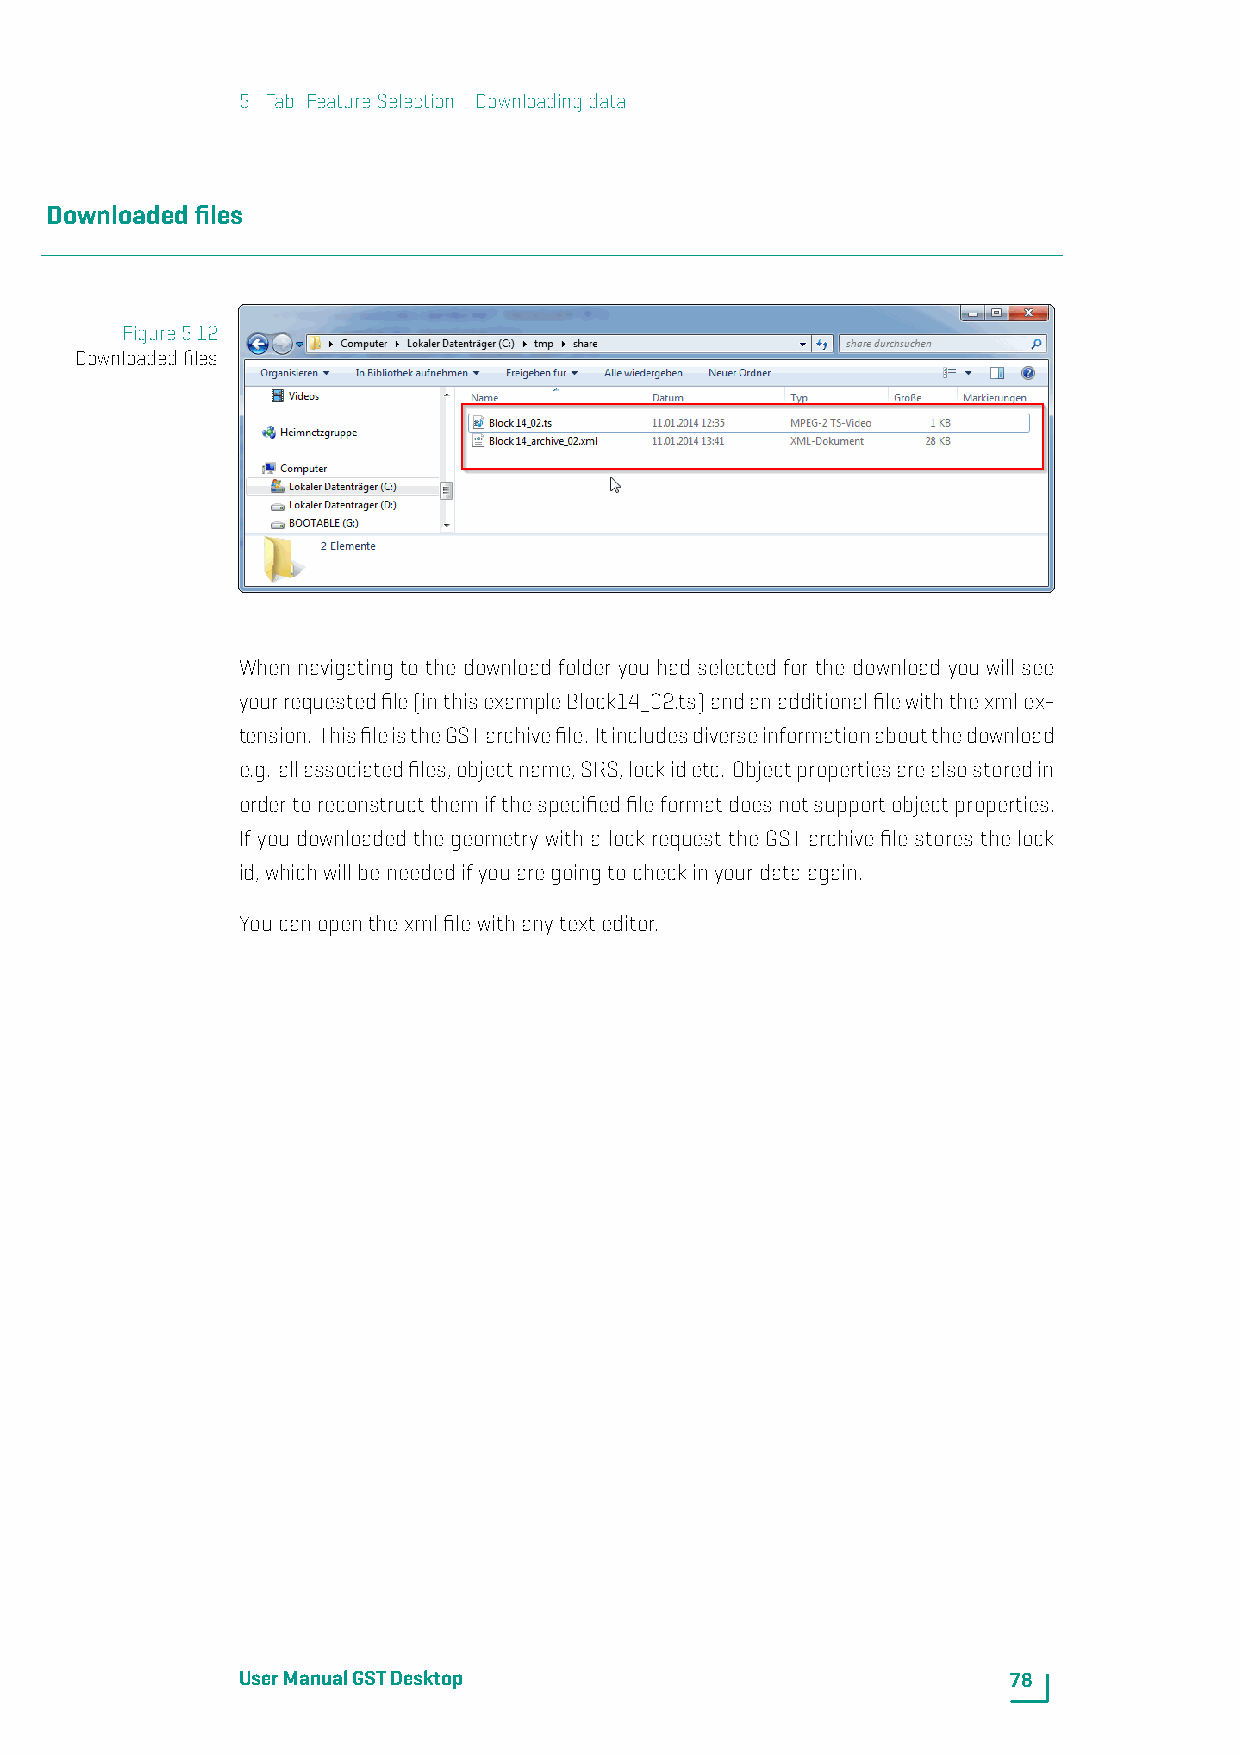
5. Tab: FeatureSelection-Downloadingdata
 Downloadedfiles
 Figure5.12
 Downloadedfiles
 When navigating to the download folder you had selected for the download you will see
 yourrequestedfile(inthisexampleBlock14_02.ts)andanadditionalfilewiththexmlex-
 tension. ThisfileistheGSTarchivefile. Itincludesdiverseinformationaboutthedownload
 e.g. allassociatedfiles,objectname,SRS,lockidetc. Objectpropertiesarealsostoredin
 ordertoreconstructthemifthespecifiedfileformatdoesnotsupportobjectproperties.
 If you downloaded the geometry with a lock request the GST archive file stores the lock
 id,whichwillbeneededifyouaregoingtocheckinyourdataagain.
 Youcanopenthexmlfilewithanytexteditor.
 UserManualGSTDesktop                               78